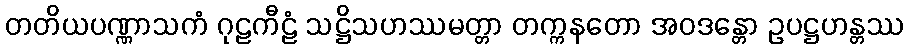
တတိယပဏ္ဏာသကံ ဂုဠကီဠံ သဋ္ဌိသဟဿမတ္တာ တက္ကနတော အဝဒန္တော ဥပဋ္ဌဟန္တဿ